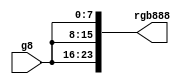
module system_g8_to_rgb888_0_0
   (g8,
    rgb888);
  input [7:0]g8;
  output [23:0]rgb888;

  wire [7:0]g8;

  assign rgb888[23:16] = g8;
  assign rgb888[15:8] = g8;
  assign rgb888[7:0] = g8;
endmodule